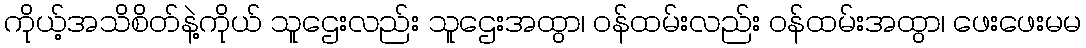
ကိုယ့်အသိစိတ်နဲ့ကိုယ် သူဌေးလည်း သူဌေးအထွာ၊ ဝန်ထမ်းလည်း ဝန်ထမ်းအထွာ၊ ဖေးဖေးမမ